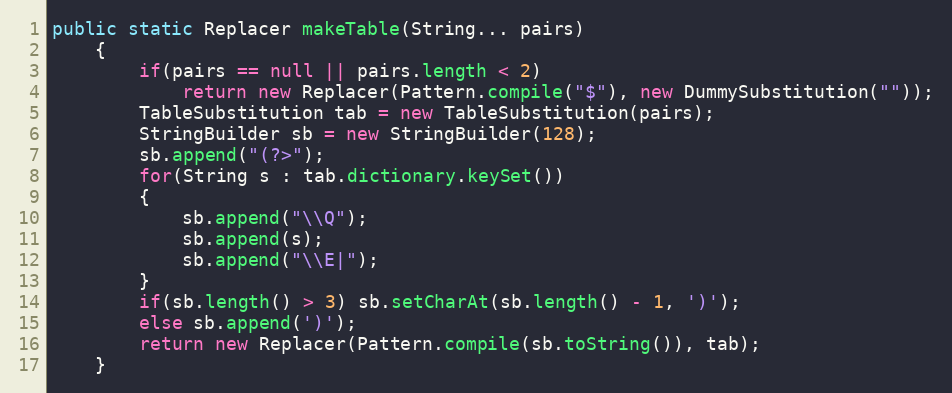
Language: Java
public static Replacer makeTable(String... pairs)
    {
        if(pairs == null || pairs.length < 2)
            return new Replacer(Pattern.compile("$"), new DummySubstitution(""));
        TableSubstitution tab = new TableSubstitution(pairs);
        StringBuilder sb = new StringBuilder(128);
        sb.append("(?>");
        for(String s : tab.dictionary.keySet())
        {
            sb.append("\\Q");
            sb.append(s);
            sb.append("\\E|");
        }
        if(sb.length() > 3) sb.setCharAt(sb.length() - 1, ')');
        else sb.append(')');
        return new Replacer(Pattern.compile(sb.toString()), tab);
    }